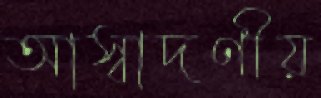
আস্বাদণীয়